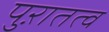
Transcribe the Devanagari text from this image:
पुऱातत्व